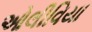
ઓલીવિયા